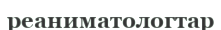
реаниматологтар